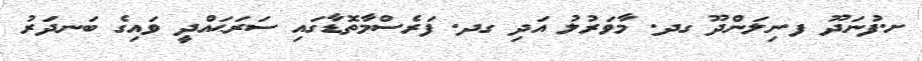
ށ.ފުނަދޫ ފ.ނިލަންދޫ ގދ. މާވަރުލު އަދި ގދ. ފަރެސްމާތޮޑާގައި ސަރަޙައްދީ ވައިގެ ބަނދަރު